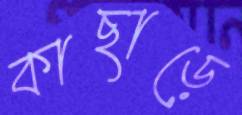
কাছাড়ে